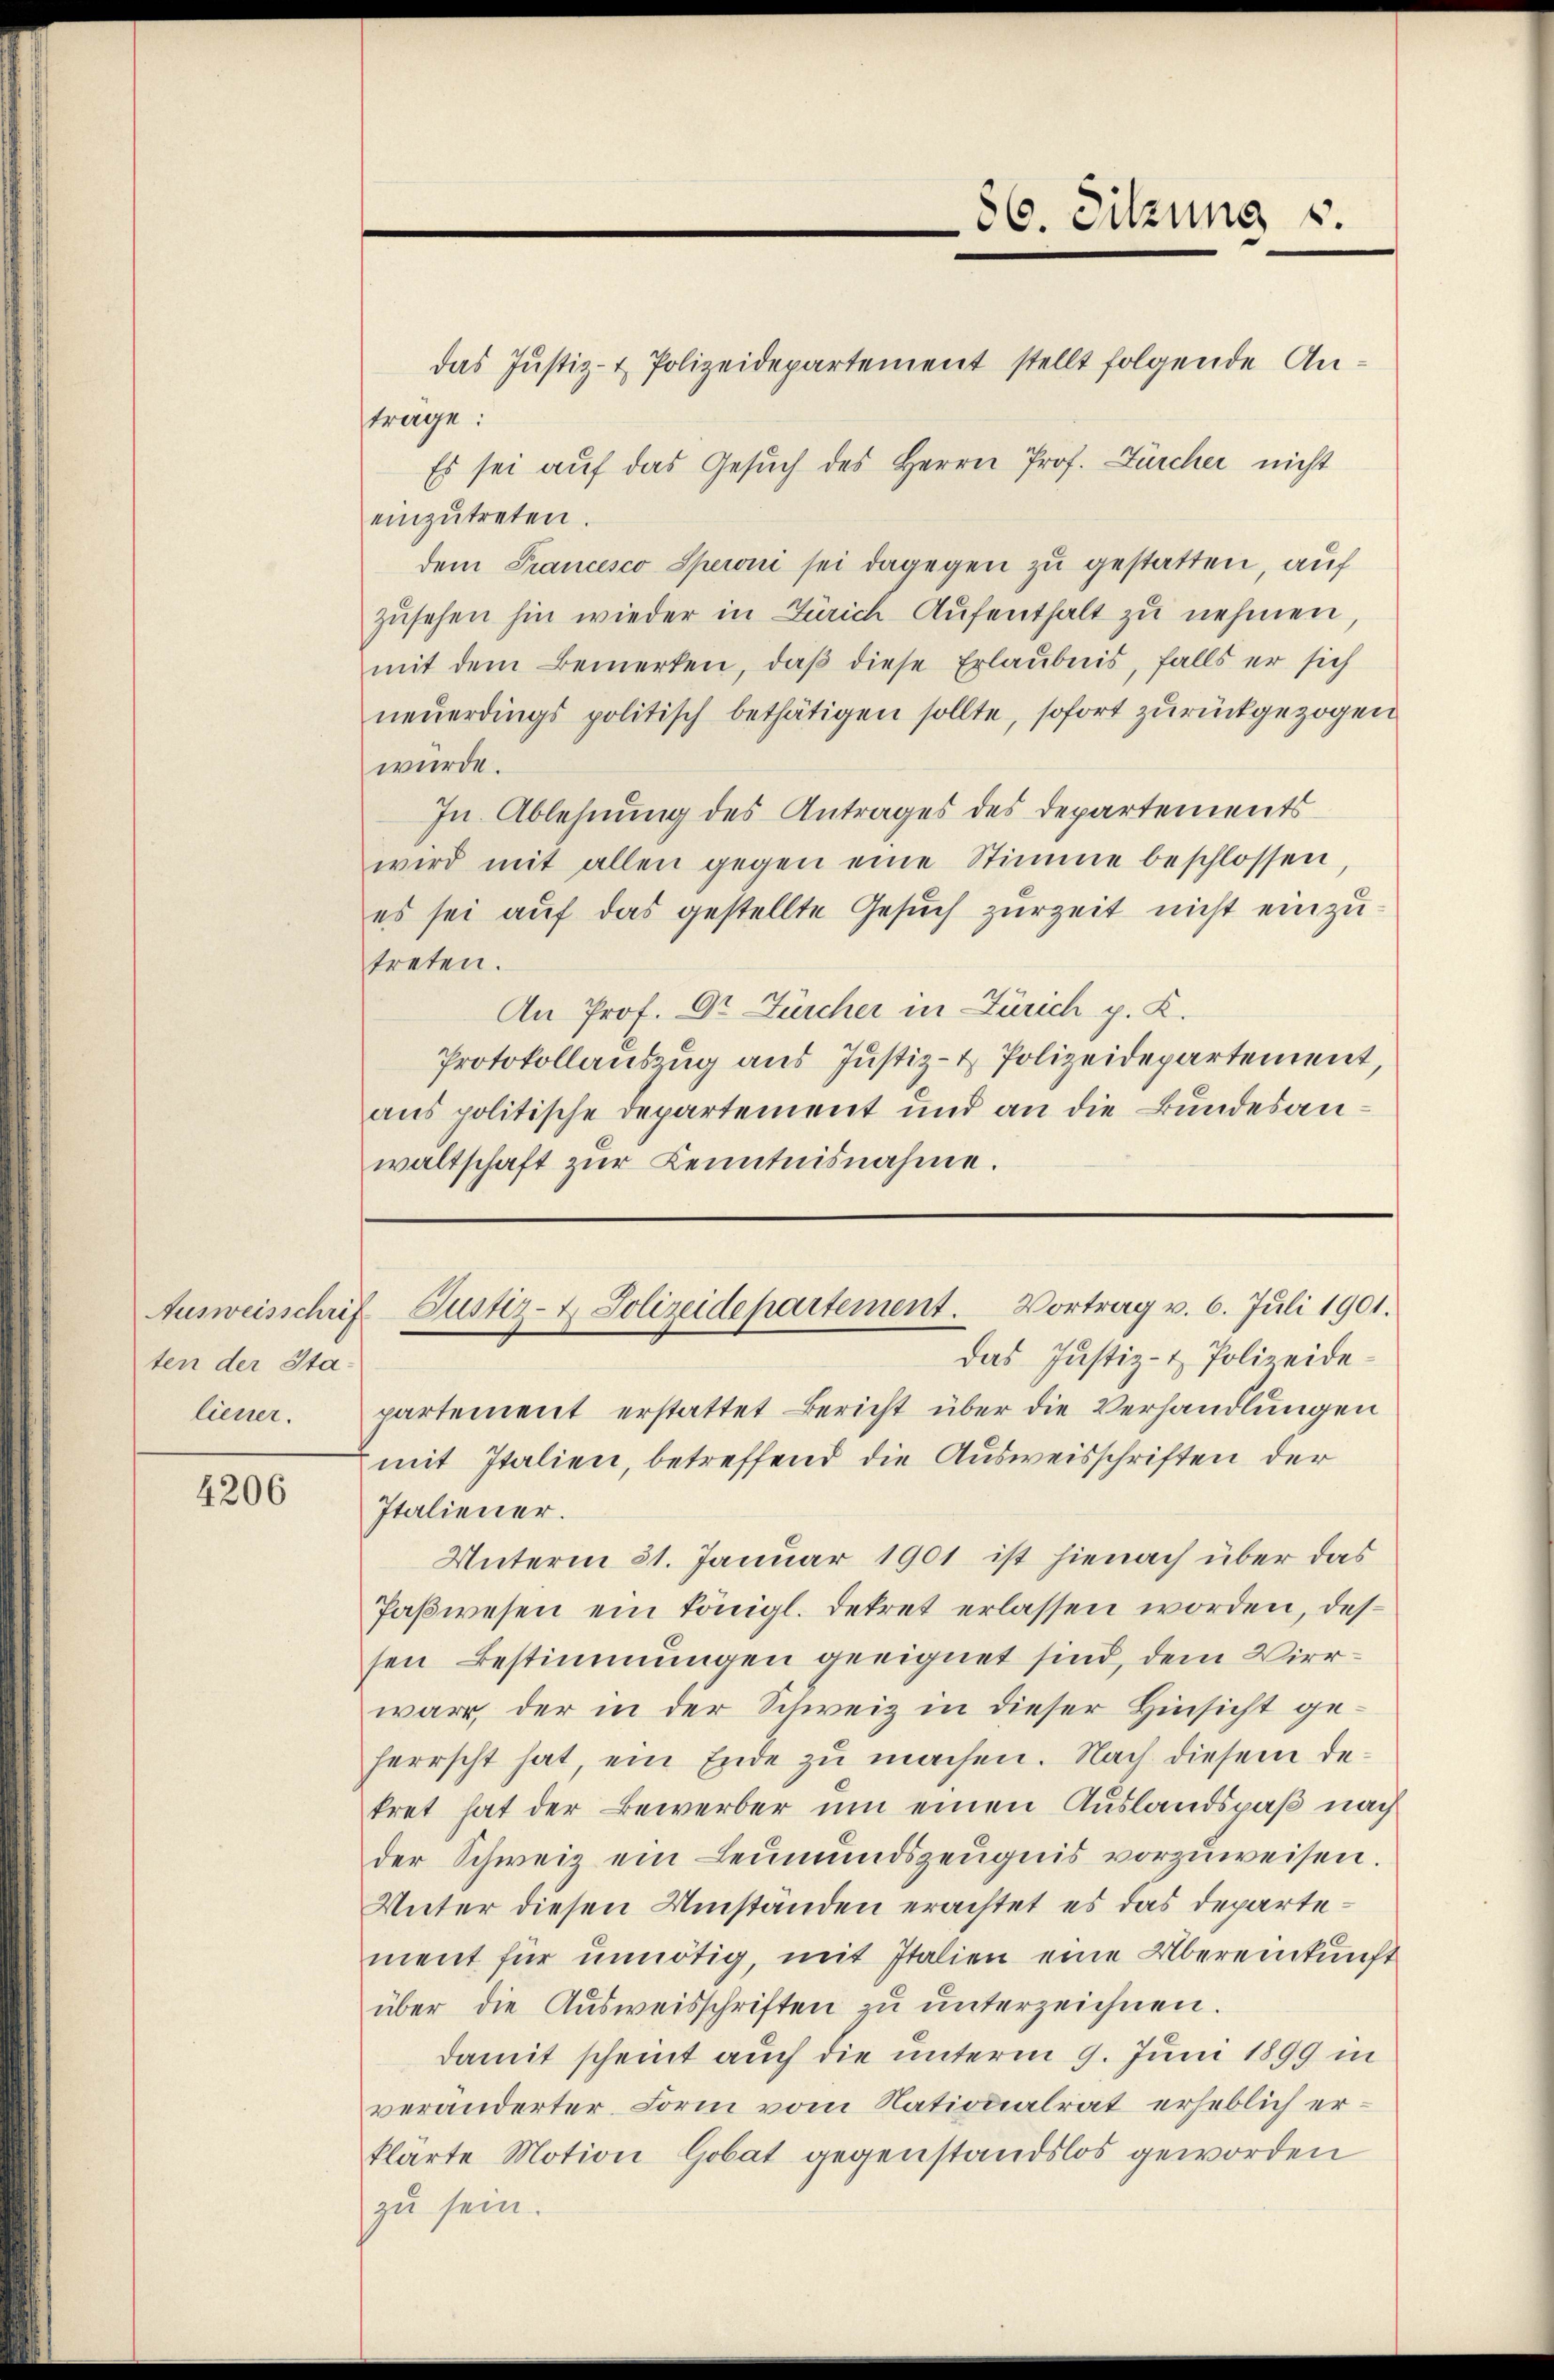
ten der Staliener.

4206

partement erstattet Bericht über die Verhandlungen
mit Italien, betreffend die Ausweisschriften der
Italiener.
Unterm 31. Januar 1901 ist hienach über das
Paßwesen ein königl. Dekret erlassen worden, dessen Bestimmungen geeignet sind, dem Vierware, der in der Schweiz in dieser Hinsicht geherrscht hat, ein Ende zu machen. Nach diesem dekret hat der Bewerber um einen Auslandspaß nach
der Schweiz ein Leŭmŭndszeŭgnis vorzuweisen.
Unter diesen Umständen erachtet es das Departement für unnötig, mit Italien eine Übereinkunft
über die Aŭsweisschriften zŭ ŭnterzeichnen.
damit scheint auch die unterm 9. Juni 1899 in
veränderter Form vom Nationalrat erheblich erklärte Motion Gobat gegenstandslos geworden
zu sein.

das Justiz- & Polizeidepartement stellt folgende Anträge:
Es sei auf das Gesuch des Herrn Prof. Zürcher nicht
einzŭtreten.
dem Prancesco Speroni sei dagegen zu gestatten, auf
zŭsehen hin wieder in Zürich Aŭfenthalt zŭ nehmen,
mit dem Bemerken, daβ diese Erlaubnis, falls er sich
neŭerdings politisch bethätigen sollte, sofort zurückgezogen
würde.
In Ablehnung des Antrages des Departements
wird mit allen gegen eine Stimme beschlossen,
es sei auf das gestellte Gesuch zurzeit nicht einzustreten.
An Prof. Dr. Fürcher in Zürich p. K.
Protokollauszug aus Justiz- & Polizeidepartement,
aus politische Departement und an die Bundesanwaltschaft zŭr Kenntnisnahme.

86. Sitzung u.

Ausweisschrif Justiz- & Polizeidepartement. Vortrag v. 6. Juli 1901.
Das Justiz- & Polizeide¬